Annual statistical returns and brief notes on vaccination in Bengal - 1909-1929
Year: 1909
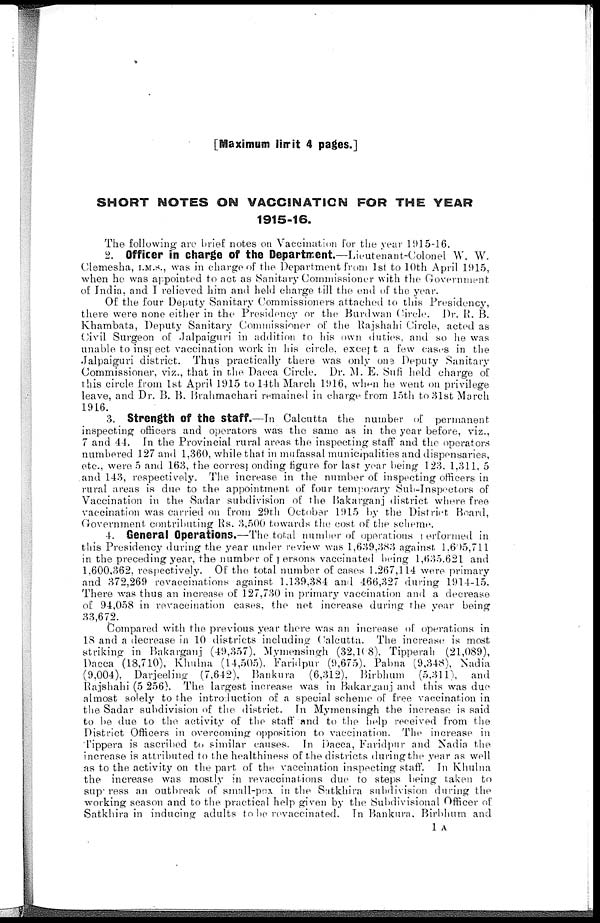
[Maximum limit 4 pages.]
SHORT NOTES ON VACCINATION FOR THE YEAR
1915-16.
The following are brief notes on Vaccination for the year 1915-16.
2. Officer in charge of the Department.—Lieutenant-Colonel W. W.
Clemesha, I.M.S., was in charge of the Department from 1st to 10th April 1915,
when he was appointed to act as Sanitary Commissioner with the Government
of India, and I relieved him and held charge till the end of the year.
Of the four Deputy Sanitary Commissioners attached to this Presidency,
there were none either in the Presidency or the Burdwan Circle. Dr. R. B.
Khambata, Deputy Sanitary Commissioner of the Rajshahi Circle, acted as
Civil Surgeon of Jalpaiguri in addition to his own duties, and so he was
unable to inspect vaccination work in his circle, except a few cases in the
Jalpaiguri district. Thus practically there was only one Deputy Sanitary
Commissioner, viz., that in the Dacca Circle. Dr. M. E. Sufi held charge of
this circle from 1st April 1915 to 14th March 1916, when he went on privilege
leave, and Dr. B. B. Brahmachari remained in charge from 15th to 31st March
1916.
3. Strength of the Staff.—In Calcutta the number of permanent
inspecting officers and operators was the same as in the year before, viz.,
7 and 44. In the Provincial rural areas the inspecting staff and the operators
numbered 127 and 1,360, while that in mufassal municipalities and dispensaries,
etc., were 5 and 163, the corresponding figure for last year being 123. 1,311, 5
and 143, respectively. The increase in the number of inspecting officers in
rural areas is due to the appointment of four temporary Sub-Inspectors of
Vaccination in the Sadar subdivision of the Bakarganj district where free
vaccination was carried on from 29th October 1915 by the District Board,
Government contributing Rs. 3,500 towards the cost of the scheme.
4. General Operations.—The total number of operations performed in
this Presidency during the year under review was 1,639,383 against 1,605,711
in the preceding year, the number of persons vaccinated being 1,635,621 and
1,600,362, respectively. Of the total number of cases 1,267,114 were primary
and 372,269 revaccinations against 1,139,384 and 466,327 during 1914-15.
There was thus an increase of 127,730 in primary vaccination and a decrease
of 94,058 in revaccination cases, the net increase during the year being
33,672.
Compared with the previous year there was an increase of operations in
18 and a decrease in 10 districts including Calcutta. The increase is most
striking in Bakarganj (49,357), Mymensingh (32,108). Tipperah (21,089),
Dacca (18,710), Khulna (14,505), Faridpur (9,675). Pabna (9,348), Nadia
(9,004), Darjeeling (7,642), Bankura
(6,312), Birbhum
(5,311), and
Rajshahi (5 256). The largest increase was in Bakarganj and this was due
almost solely to the introduction of a special scheme of free vaccination in
the Sadar subdivision of the district. In Mymensingh the increase is said
to be due to the activity of the staff and to the help received from the
District Officers in overcoming opposition to vaccination. The increase in
Tippera is ascribed to similar causes. In Dacca, Faridpur and Nadia the
increase is attributed to the healthiness of the districts during the year as well
as to the activity on the part of the vaccination inspecting staff. In Khulna
the increase was mostly in revaccinations due to steps being taken to
superess an outbreak of small-pox in the Satkhira subdivision during the
working season and to the practical help given by the Subdivisional Officer of
Satkhira in inducing adults to be revaccinated. In Bankura, Birbhum and
1 A